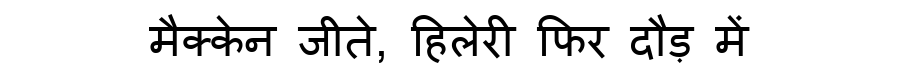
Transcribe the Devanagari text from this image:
मैक्केन जीते, हिलेरी फिर दौड़ में